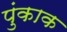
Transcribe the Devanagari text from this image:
पुंकाक